Annual administration and progress report of the Indian Medical Department, Bombay
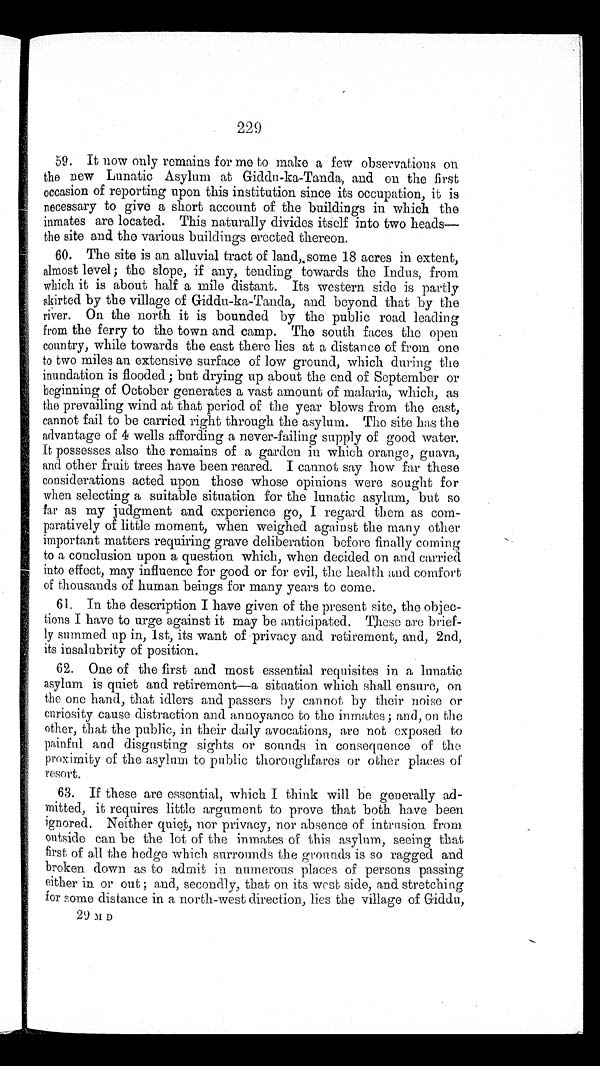
229
59. It now only remains for me to make a few observations on
the new Lunatic Asylum at Giddu-ka-Tanda, and on the first
occasion of reporting upon this institution since its occupation, it is
necessary to give a short account of the buildings in which the
inmates are located. This naturally divides itself into two heads—
the site and the various buildings erected thereon.
60. The site is an alluvial tract of land,some 18 acres in extent,
almost level; the slope, if any, tending towards the Indus, from
which it is about half a mile distant. Its western side is partly
skirted by the village of Giddu-ka-Tanda, and beyond that by the
river. On the north it is bounded by the public road leading
from the ferry to the town and camp. The south faces the open
country, while towards the east there lies at a distance of from one
to two miles an extensive surface of low ground, which during the
inundation is flooded; but drying up about the end of September or
beginning of October generates a vast amount of malaria, which, as
the prevailing wind at that period of the year blows from the east,
cannot fail to be carried right through the asylum. The site has the
advantage of 4 wells affording a never-failing supply of good water.
It possesses also the remains of a garden in which orange, guava,
and other fruit trees have been reared. I cannot say how far these
considerations acted upon those whose opinions were sought for
when selecting a suitable situation for the lunatic asylum, but so
far as my judgment and experience go, I regard them as com-
paratively of little moment, when weighed against the many other
important matters requiring grave deliberation before finally coming
to a conclusion upon a question which, when decided on and carried
into effect, may influence for good or for evil, the health and comfort
of thousands of human beings for many years to come.
61. In the description I have given of the present site, the objec
- tions I have to urge against it may be anticipated. These are brief-
ly summed up in, 1st, its want of privacy and retirement, and, 2nd,
its insalubrity of position.
62. One of the first and most essential requisites in a lunatic
asylum is quiet and retirement—a situation which shall ensure, on
the one hand, that idlers and passers by cannot by their noise or
curiosity cause distraction and annoyance to the inmates; and, on the
other, that the public, in their daily avocations, are not exposed to
painful and disgusting sights or sounds in consequence of the
proximity of the asylum to public thoroughfares or other places of
resort.
63. If these are essential, which I think will be generally ad
- m i t t e d , i t r e q u i r e s l i t t l e a r g u m e n t t o p r o v e t h a t b o t h h a v e b e e n
ignored. Neither quiet, nor privacy, nor absence of intrusion from
outside can be the lot of the inmates of this asylum, seeing that
first of all the hedge which surrounds the grounds is so ragged and
broken down as to admit in numerous places of persons passing
either in or out ; and, secondly, that on its west side, and stretching
for some distance in a north-west direction, lies the village of Giddu,
29 M D